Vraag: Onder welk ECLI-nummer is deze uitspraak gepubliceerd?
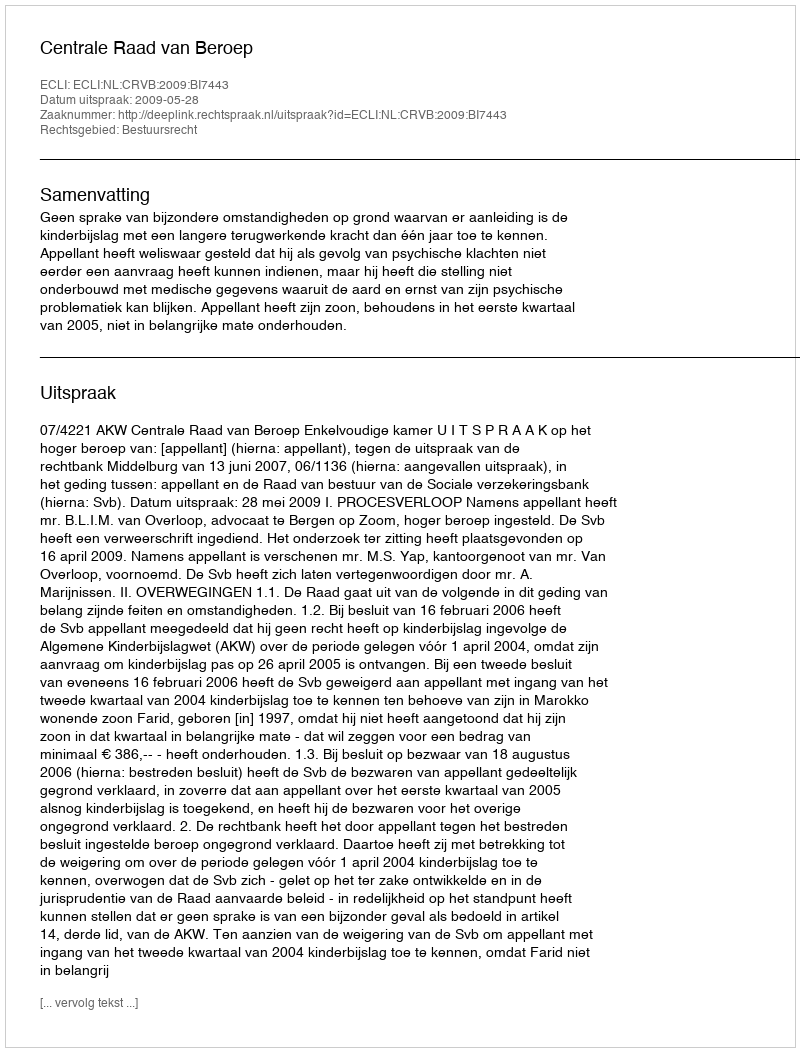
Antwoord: ECLI:NL:CRVB:2009:BI7443